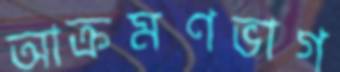
আক্রমণভাগ